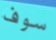
سوف